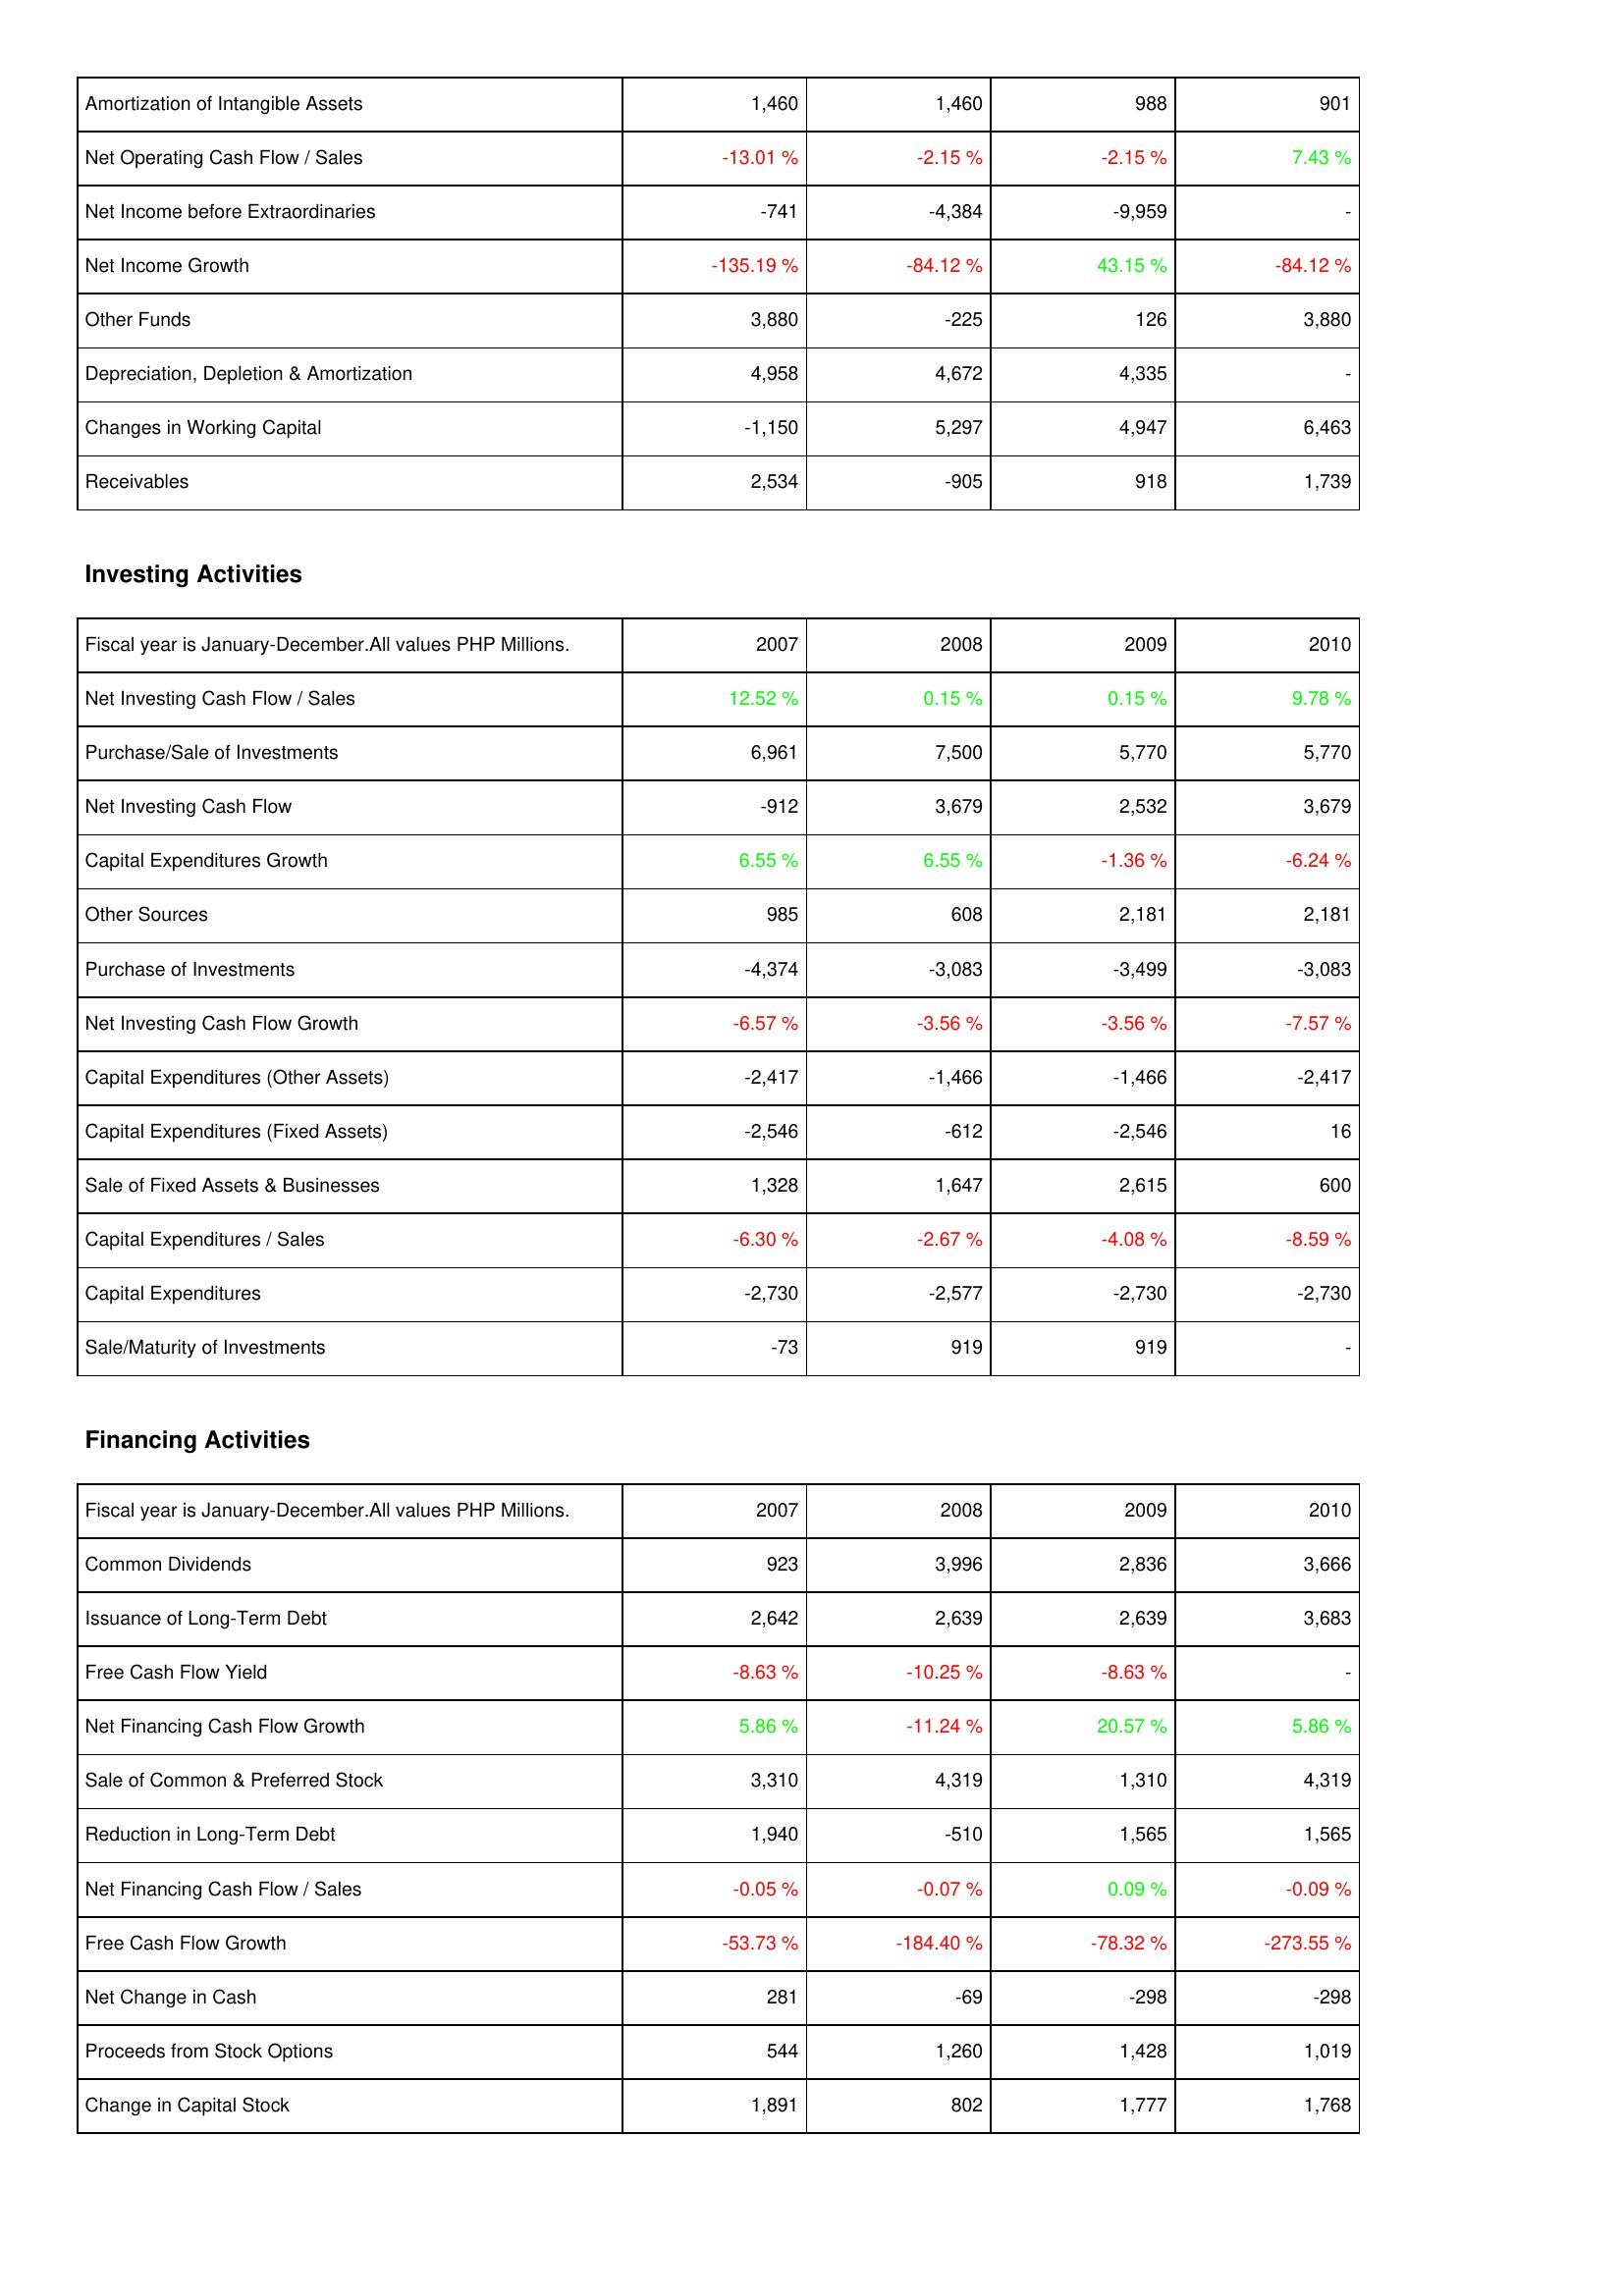
2007: Operating Activities: Amortization of Intangible Assets: 1,460
Net Operating Cash Flow / Sales: -13.01 %
Net Income before Extraordinaries: -741
Net Income Growth: -135.19 %
Other Funds: 3,880
Depreciation, Depletion & Amortization: 4,958
Changes in Working Capital: -1,150
Receivables: 2,534
Investing Activities: Net Investing Cash Flow / Sales: 12.52 %
Purchase/Sale of Investments: 6,961
Net Investing Cash Flow: -912
Capital Expenditures Growth: 6.55 %
Other Sources: 985
Purchase of Investments: -4,374
Net Investing Cash Flow Growth: -6.57 %
Capital Expenditures (Other Assets): -2,417
Capital Expenditures (Fixed Assets): -2,546
Sale of Fixed Assets & Businesses: 1,328
Capital Expenditures / Sales: -6.30 %
Capital Expenditures: -2,730
Sale/Maturity of Investments: -73
Financing Activities: Common Dividends: 923
Issuance of Long-Term Debt: 2,642
Free Cash Flow Yield: -8.63 %
Net Financing Cash Flow Growth: 5.86 %
Sale of Common & Preferred Stock: 3,310
Reduction in Long-Term Debt: 1,940
Net Financing Cash Flow / Sales: -0.05 %
Free Cash Flow Growth: -53.73 %
Net Change in Cash: 281
Proceeds from Stock Options: 544
Change in Capital Stock: 1,891
2008: Operating Activities: Amortization of Intangible Assets: 1,460
Net Operating Cash Flow / Sales: -2.15 %
Net Income before Extraordinaries: -4,384
Net Income Growth: -84.12 %
Other Funds: -225
Depreciation, Depletion & Amortization: 4,672
Changes in Working Capital: 5,297
Receivables: -905
Investing Activities: Net Investing Cash Flow / Sales: 0.15 %
Purchase/Sale of Investments: 7,500
Net Investing Cash Flow: 3,679
Capital Expenditures Growth: 6.55 %
Other Sources: 608
Purchase of Investments: -3,083
Net Investing Cash Flow Growth: -3.56 %
Capital Expenditures (Other Assets): -1,466
Capital Expenditures (Fixed Assets): -612
Sale of Fixed Assets & Businesses: 1,647
Capital Expenditures / Sales: -2.67 %
Capital Expenditures: -2,577
Sale/Maturity of Investments: 919
Financing Activities: Common Dividends: 3,996
Issuance of Long-Term Debt: 2,639
Free Cash Flow Yield: -10.25 %
Net Financing Cash Flow Growth: -11.24 %
Sale of Common & Preferred Stock: 4,319
Reduction in Long-Term Debt: -510
Net Financing Cash Flow / Sales: -0.07 %
Free Cash Flow Growth: -184.40 %
Net Change in Cash: -69
Proceeds from Stock Options: 1,260
Change in Capital Stock: 802
2009: Operating Activities: Amortization of Intangible Assets: 988
Net Operating Cash Flow / Sales: -2.15 %
Net Income before Extraordinaries: -9,959
Net Income Growth: 43.15 %
Other Funds: 126
Depreciation, Depletion & Amortization: 4,335
Changes in Working Capital: 4,947
Receivables: 918
Investing Activities: Net Investing Cash Flow / Sales: 0.15 %
Purchase/Sale of Investments: 5,770
Net Investing Cash Flow: 2,532
Capital Expenditures Growth: -1.36 %
Other Sources: 2,181
Purchase of Investments: -3,499
Net Investing Cash Flow Growth: -3.56 %
Capital Expenditures (Other Assets): -1,466
Capital Expenditures (Fixed Assets): -2,546
Sale of Fixed Assets & Businesses: 2,615
Capital Expenditures / Sales: -4.08 %
Capital Expenditures: -2,730
Sale/Maturity of Investments: 919
Financing Activities: Common Dividends: 2,836
Issuance of Long-Term Debt: 2,639
Free Cash Flow Yield: -8.63 %
Net Financing Cash Flow Growth: 20.57 %
Sale of Common & Preferred Stock: 1,310
Reduction in Long-Term Debt: 1,565
Net Financing Cash Flow / Sales: 0.09 %
Free Cash Flow Growth: -78.32 %
Net Change in Cash: -298
Proceeds from Stock Options: 1,428
Change in Capital Stock: 1,777
2010: Operating Activities: Amortization of Intangible Assets: 901
Net Operating Cash Flow / Sales: 7.43 %
Net Income before Extraordinaries: -
Net Income Growth: -84.12 %
Other Funds: 3,880
Depreciation, Depletion & Amortization: -
Changes in Working Capital: 6,463
Receivables: 1,739
Investing Activities: Net Investing Cash Flow / Sales: 9.78 %
Purchase/Sale of Investments: 5,770
Net Investing Cash Flow: 3,679
Capital Expenditures Growth: -6.24 %
Other Sources: 2,181
Purchase of Investments: -3,083
Net Investing Cash Flow Growth: -7.57 %
Capital Expenditures (Other Assets): -2,417
Capital Expenditures (Fixed Assets): 16
Sale of Fixed Assets & Businesses: 600
Capital Expenditures / Sales: -8.59 %
Capital Expenditures: -2,730
Sale/Maturity of Investments: -
Financing Activities: Common Dividends: 3,666
Issuance of Long-Term Debt: 3,683
Free Cash Flow Yield: -
Net Financing Cash Flow Growth: 5.86 %
Sale of Common & Preferred Stock: 4,319
Reduction in Long-Term Debt: 1,565
Net Financing Cash Flow / Sales: -0.09 %
Free Cash Flow Growth: -273.55 %
Net Change in Cash: -298
Proceeds from Stock Options: 1,019
Change in Capital Stock: 1,768